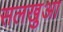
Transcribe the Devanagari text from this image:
सलखुआ